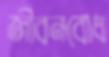
জীবনবোধ